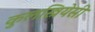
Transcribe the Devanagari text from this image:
कुलस्त्रियेसी